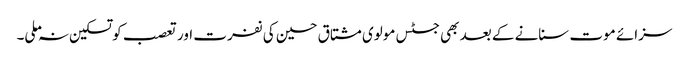
سزائے موت سنانے کے بعد بھی جسٹس مولوی مشتاق حسین کی نفرت اور تعصب کو تسکین نہ ملی۔